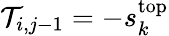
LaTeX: \mathcal{T}_{i,j-1}=-s_{k}^{\mathrm{top}}